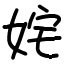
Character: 姹